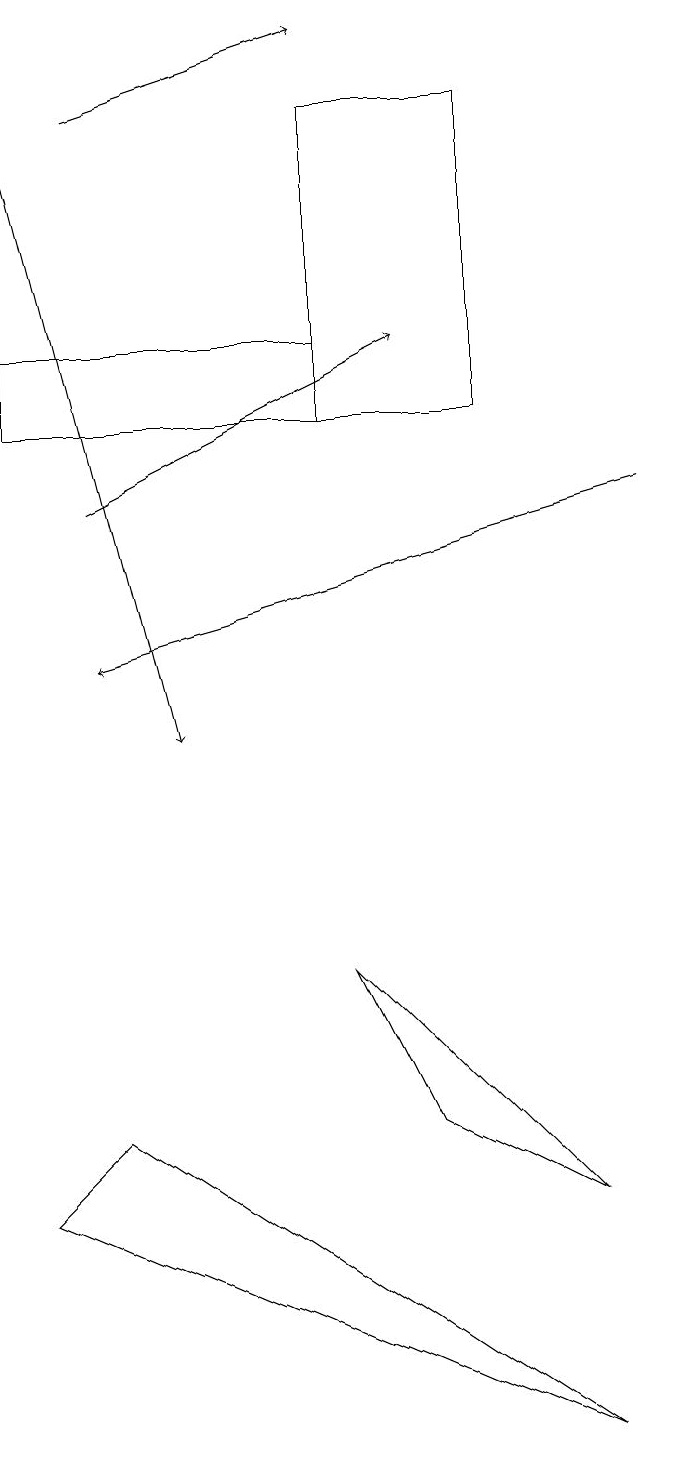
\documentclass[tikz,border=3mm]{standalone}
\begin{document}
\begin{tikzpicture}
\draw[->] (2,18) -- (5,19);
\draw (7,14) rectangle (5,18);
\draw[->] (1,18) -- (3,10);
\draw[->] (2,13) -- (6,15);
\draw (1,4) -- (2,5) -- (8,1) -- cycle;
\draw (6,5) -- (8,4) -- (5,7) -- cycle;
\draw (5,14) rectangle (1,15);
\draw[->] (9,13) -- (2,11);
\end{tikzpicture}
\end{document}